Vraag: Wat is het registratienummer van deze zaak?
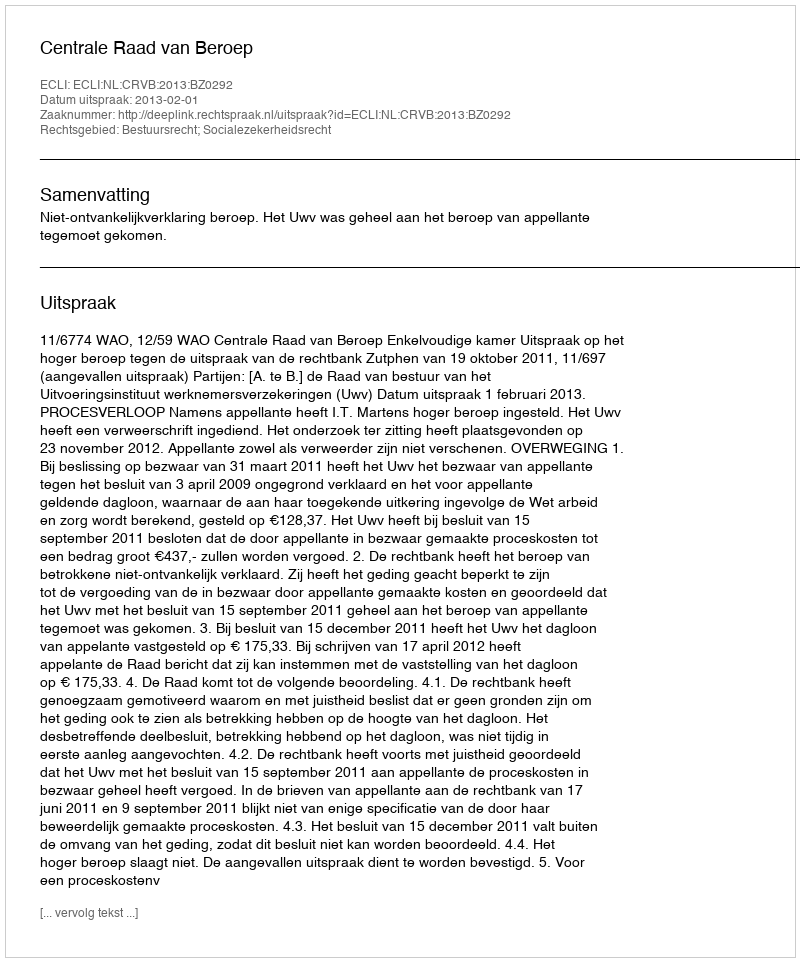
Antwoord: http://deeplink.rechtspraak.nl/uitspraak?id=ECLI:NL:CRVB:2013:BZ0292